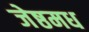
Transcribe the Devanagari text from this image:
जेष्ठमध